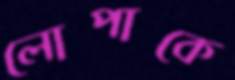
লোপাকে